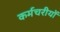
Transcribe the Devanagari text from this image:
कर्मचरीयों